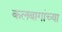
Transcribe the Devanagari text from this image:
कलबागांच्या